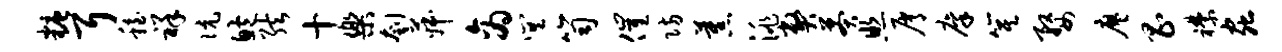
糖耳稳祥伉鲍弦十乐刳菽商巽笥催防蕉洮弊莽照屑廪箕婺廖昌襟虫